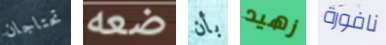
تحتاجان ضعه بأن زهيد نافورة